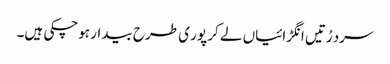
سرد رُتیں انگڑائیاں لے کر پور ی طرح بیدار ہوچکی ہیں۔